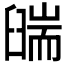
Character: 𦦇